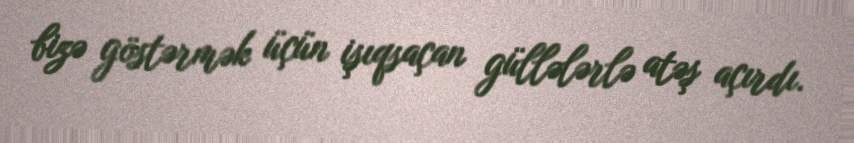
bizə göstərmək üçün işıqsaçan güllələrlə atəş açırdı.